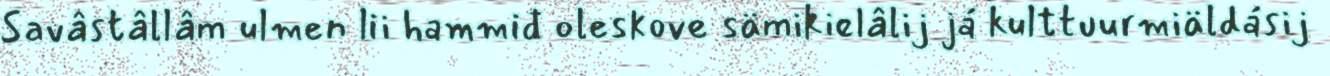
Savâstâllâm ulmen lii hammiđ oleskove sämikielâlij já kulttuurmiäldásij